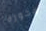
فخورة